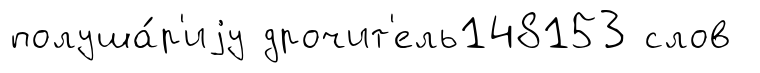
полуша́р'иjу дрочит'ель148153 слов